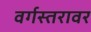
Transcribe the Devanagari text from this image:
वर्गस्तरावर